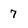
Character: 7